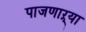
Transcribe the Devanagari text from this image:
पाजणाऱ्या